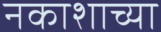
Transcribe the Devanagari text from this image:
नकाशाच्या